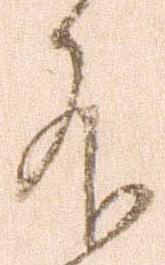
外